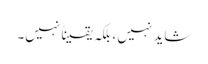
شاید نہیں ، بلکہ یقیناً نہیں۔